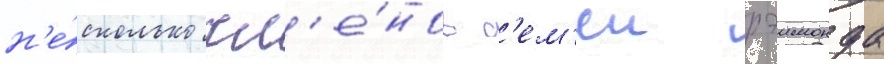
н'е́сколько чл'е́нов с'ем'еи рэимонда